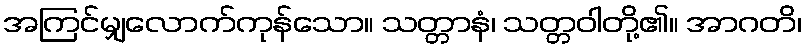
အကြင်မျှလောက်ကုန်သော။ သတ္တာနံ၊ သတ္တဝါတို့၏။ အာဂတိ၊